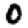
Digit: 0